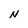
Character: N